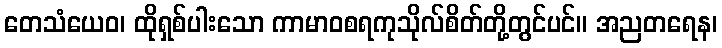
တေသံယေဝ၊ ထိုရှစ်ပါးသော ကာမာဝစရကုသိုလ်စိတ်တို့တွင်ပင်။ အညတရေန၊